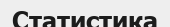
Статистика